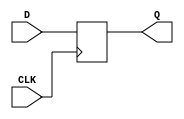
`timescale 1ns / 1ps
//////////////////////////////////////////////////////////////////////////////////
// Instituto Tecnologico de Costa Rica
// Laboratorio de diseo de sistemas digital
// Profesor: Alfonso Chacon
//
// Estudiantes:
// Edgar Solera Bolaos
// Diego Salazar Sibaja 
//
// Control de mquina contra incendios
//////////////////////////////////////////////////////////////////////////////////
module FFD
#(parameter N = 1)
(
input [N-1:0] D,
input CLK,
output reg [N-1:0] Q

    );
always @(posedge CLK)
Q<=D;
endmodule